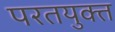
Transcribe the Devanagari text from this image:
परतयुक्त